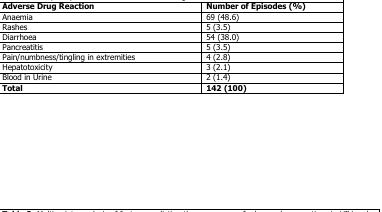
<table><thead><tr><td><b>Adverse Drug Reaction</b></td><td><b>Number of Episodes (%)</b></td></tr></thead><tbody><tr><td>Anaemia</td><td>69 (48.6)</td></tr><tr><td>Rashes</td><td>5 (3.5)</td></tr><tr><td>Diarrhoea</td><td>54 (38.0)</td></tr><tr><td>Pancreatitis</td><td>5 (3.5)</td></tr><tr><td>Pain/numbness/tingling in extremities</td><td>4 (2.8)</td></tr><tr><td>Hepatotoxicity</td><td>3 (2.1)</td></tr><tr><td>Blood in Urine</td><td>2 (1.4)</td></tr><tr><td><b>Total</b></td><td><b>142 (100)</b></td></tr></tbody></table>